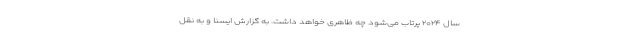
سال ۲۰۲۴ پرتاب می‌شود چه ظاهری خواهد داشت. به گزارش ایسنا و به نقل